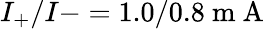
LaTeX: I_{+}/I-=1.0/0.8\mathrm{~m~A~}